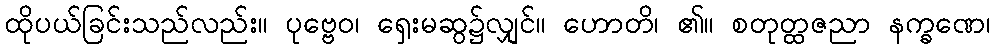
ထိုပယ်ခြင်းသည်လည်း။ ပုဗ္ဗေဝ၊ ရှေးမဆွ၌လျှင်။ ဟောတိ၊ ၏။ စတုတ္ထဇညာ နက္ခဏေ၊